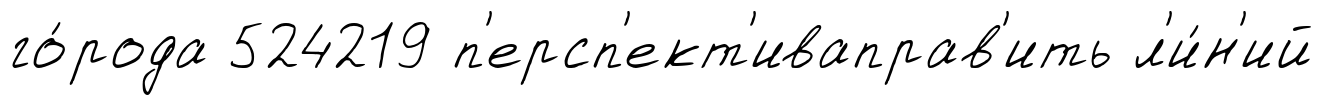
го́рода 524219 п'ерсп'ект'иваправ'ить л'и́н'ий